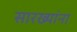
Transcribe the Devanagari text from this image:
सारख्यांना